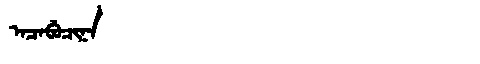
Manchu: ᠠᠴᠠᠪᡠᠴᡳᠨᠠ
Romanization: ACABUCINA